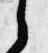
之